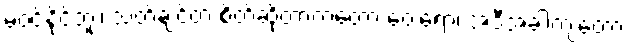
မဝင်နိုင်ဘူး၊ သတ်ချင်တဲ့ စိတ်ဆိုတာကတော့ ဝေးရော၊ အဲဒီအခါကျတော့